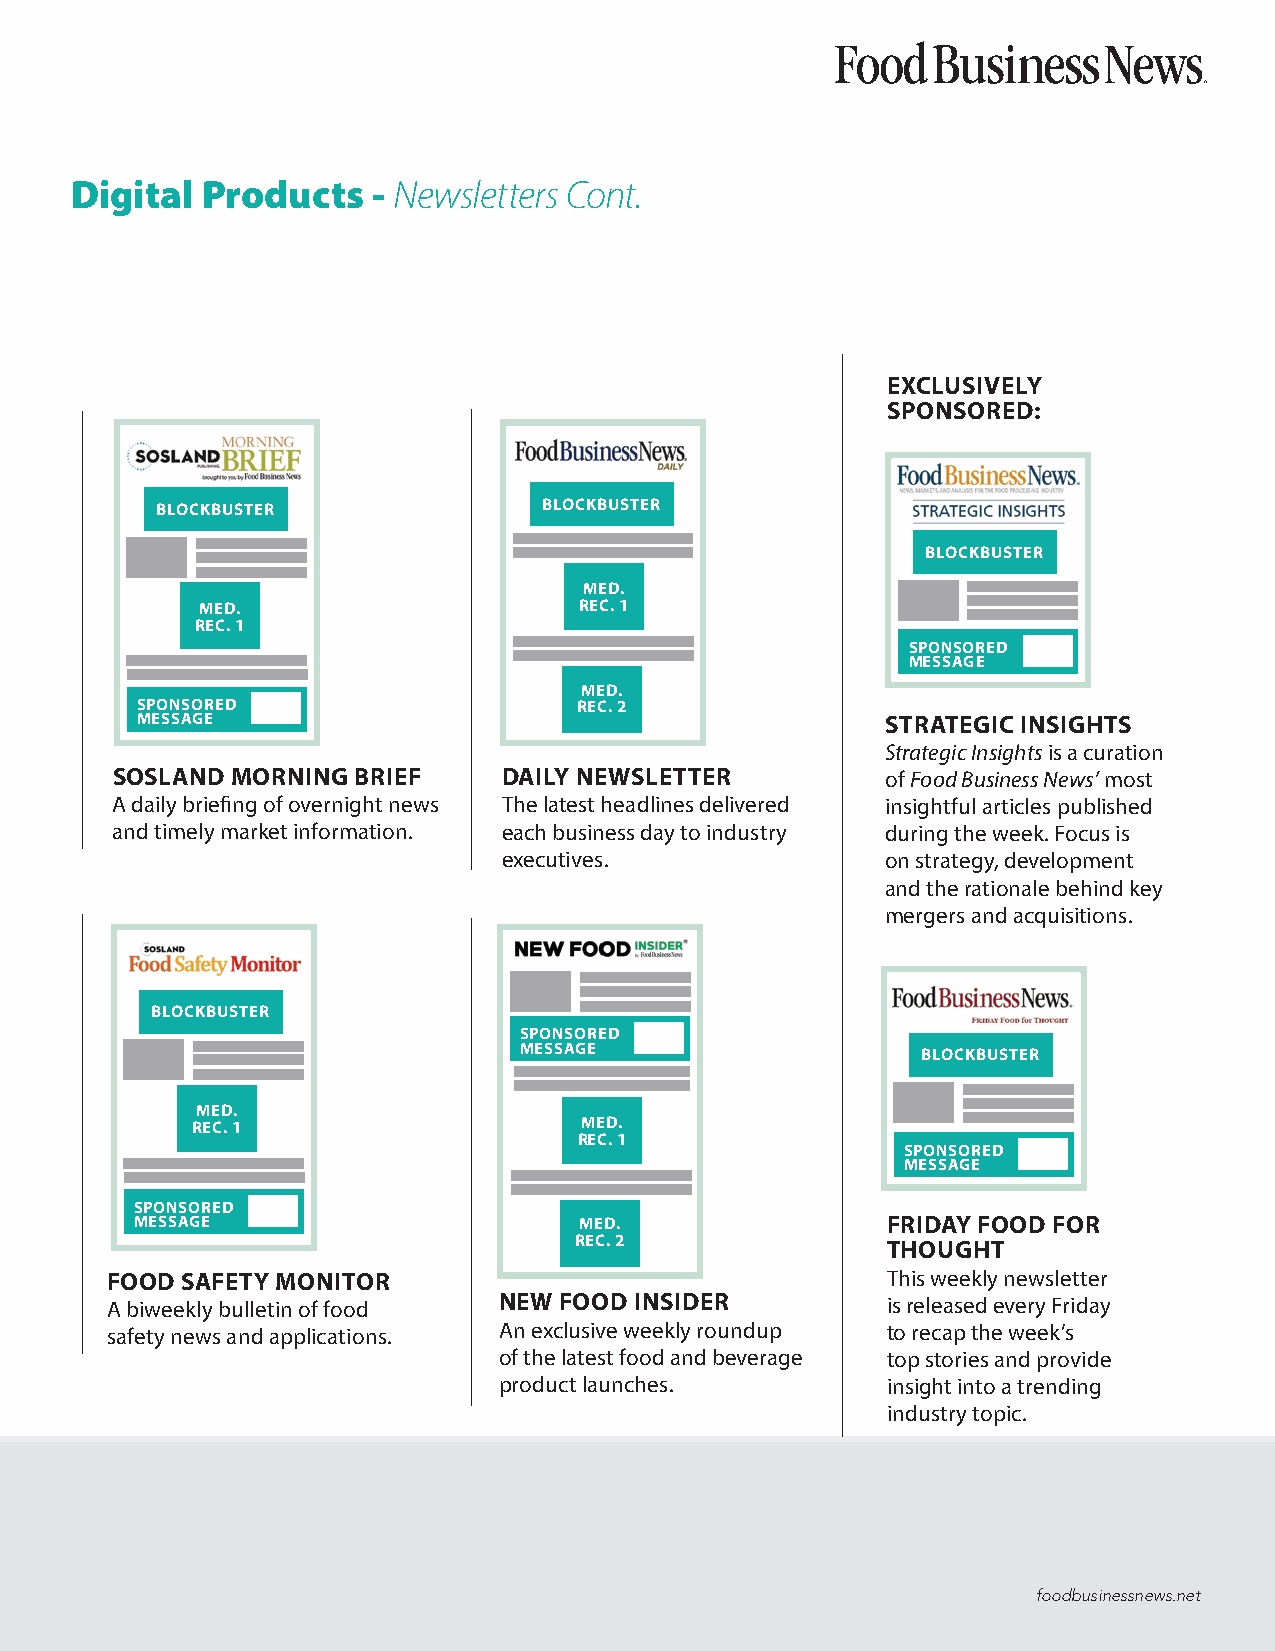
Digital Products    - Newsletters Cont.
 EXCLUSIVELY
 SPONSORED:
 BLOCKBUSTER               BLOCKBUSTER
 BLOCKBUSTER
 MED.
 MED.                     REC. 1
 REC. 1
 SPONSORED
 MESSAGE
 MED.
 SPONSORED                    REC. 2
 MESSAGE                                           STRATEGIC INSIGHTS
 Strategic Insights is a curation
 SOSLAND MORNING BRIEF     DAILY NEWSLETTER          of Food Business News’ most
 A daily briefing of overnight news The latest headlines delivered insightful articles published
 and timely market information. each business day to industry during the week. Focus is
 executives.               on strategy, development
 and the rationale behind key
 mergers and acquisitions.
 BLOCKBUSTER
 SPONSORED
 MESSAGE
 BLOCKBUSTER
 MED.
 REC. 1                   MED.
 REC. 1
 SPONSORED
 MESSAGE
 SPONSORED
 MESSAGE                      MED.                 FRIDAY FOOD FOR
 REC. 2               THOUGHT
 FOOD SAFETY MONITOR                                 This weekly newsletter
 A biweekly bulletin of food NEW FOOD INSIDER        is released every Friday
 safety news and applications. An exclusive weekly roundup to recap the week’s
 of the latest food and beverage top stories and provide
 product launches.         insight into a trending
 industry topic.
 foodbusinessnews.net